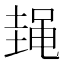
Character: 𱌃